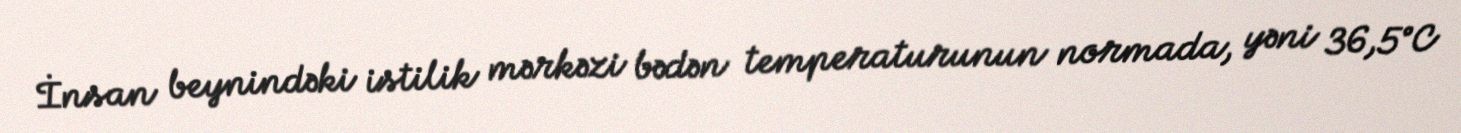
İnsan beynindəki istilik mərkəzi bədən temperaturunun normada, yəni 36,5°C